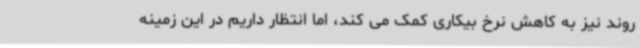
روند نیز به کاهش نرخ بیکاری کمک می کند، اما انتظار داریم در این زمینه